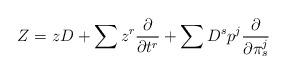
LaTeX: \begin{align*}Z=zD+\sum z^r\frac{\partial}{\partial t^r}+\sum D^sp^j\frac{\partial}{\partial\pi^j_s}\end{align*}